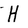
Character: H